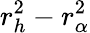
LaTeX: r_{h}^{2}-r_{\alpha}^{2}